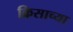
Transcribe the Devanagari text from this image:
क्रिसाच्या